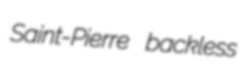
Saint-Pierre backless